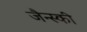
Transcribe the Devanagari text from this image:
जैन्स्की